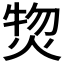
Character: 𤊘